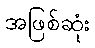
အဖြစ်ဆုံး